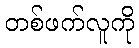
တစ်ဖက်လူကို